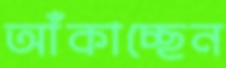
আঁকাচ্ছেন